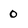
Character: 0